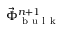
\vec { \Phi } _ { \mathrm { ~ b ~ u ~ l ~ k ~ } } ^ { n + 1 }